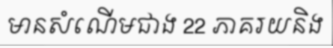
មានសំណើមជាង 22 ភាគរយនិង